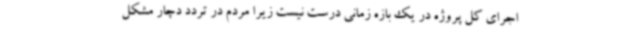
اجرای کل پروژه در یک بازه زمانی درست نیست زیرا مردم در تردد دچار مشکل